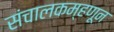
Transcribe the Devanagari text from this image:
संचालकम्हणून